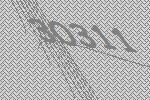
30311